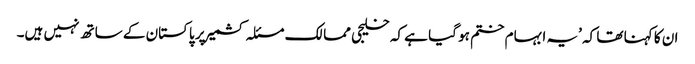
ان کا کہنا تھا کہ ’یہ ابہام ختم ہو گیا ہے کہ خلیجی ممالک مسئلہ کشمیر پر پاکستان کے ساتھ نہیں ہیں۔